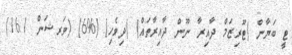
ޓީ ބަޔާން (ޓޫރިޒަމް ދާއިރާ ނޫން ދާއިރާތައް) (ދިވެހި) (%6) (ވަރޝަން 16.1)